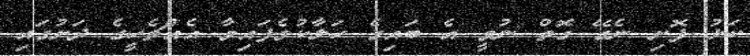
ކަޅު ފޮށި ނެގޭ ގޮތް ނުވީ އެ ބައިގެ ހަލާކުވެފައިވާ އެއްޗެހީގެ ދަށުގައި